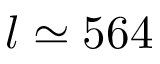
l \simeq 5 6 4